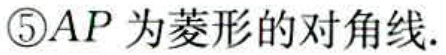
\textcircled{5}$AP$为菱形的对角线.